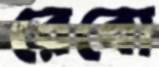
রেবো